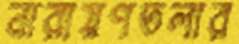
নারায়ণতলার